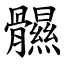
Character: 䯥